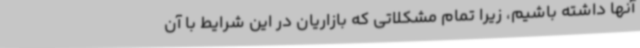
آنها داشته باشیم، زیرا تمام مشکلاتی که بازاریان در این شرایط با آن